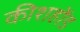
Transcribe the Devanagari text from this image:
कीशहोंड